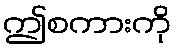
ဤစကားကို